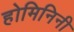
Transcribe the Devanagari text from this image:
होमिनिनी